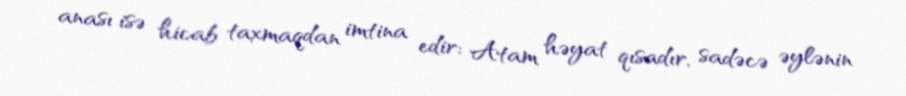
anası isə hicab taxmaqdan imtina edir: Atam həyat qısadır, sadəcə əylənin